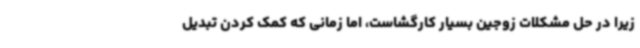
زیرا در حل مشکلات زوجین بسیار کارگشاست، اما زمانی که کمک کردن تبدیل